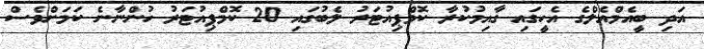
އަދި ބީއެމްއެލްގެ އެހީގައި ގާއިމުކުރާ ކޮމްޕިއުޓަރު ލެބުގައި 20 ކޮމްޕިއުޓަރު ހުންނާނެ ކަމަށްވެސް